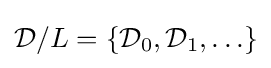
{\mathcal {D}}/L=\{{\mathcal {D}}_{0},{\mathcal {D}}_{1},\ldots \}